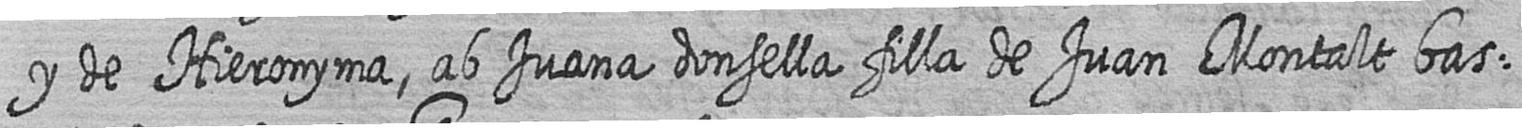
y de Hieronyma ab Juana donsella filla de Juan Montalt bas=